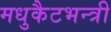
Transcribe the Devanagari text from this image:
मधुकैटभन्त्री